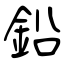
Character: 鉛